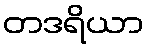
တဒရိယာ